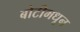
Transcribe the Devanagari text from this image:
बोटीमधून